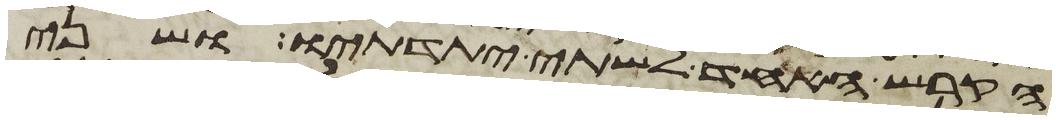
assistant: הקרש האחד לשתי יתדתיו ושני